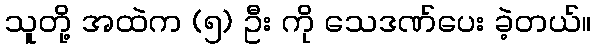
သူတို့ အထဲက (၅) ဦး ကို သေဒဏ်ပေး ခဲ့တယ်။